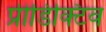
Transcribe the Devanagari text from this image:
प्रीडिक्टिव